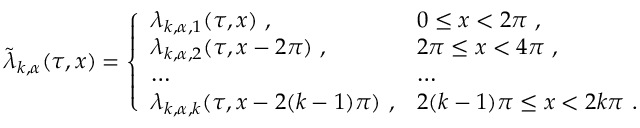
\tilde { \lambda } _ { k , \alpha } ( \tau , x ) = \left\{ \begin{array} { l l } { { \lambda _ { k , \alpha , 1 } ( \tau , x ) ~ , } } & { { 0 \leq x < 2 \pi ~ , } } \\ { { \lambda _ { k , \alpha , 2 } ( \tau , x - 2 \pi ) ~ , } } & { { 2 \pi \leq x < 4 \pi ~ , } } \\ { { \ldots } } & { { \ldots } } \\ { { \lambda _ { k , \alpha , k } ( \tau , x - 2 ( k - 1 ) \pi ) ~ , } } & { { 2 ( k - 1 ) \pi \leq x < 2 k \pi ~ . } } \end{array} \right.